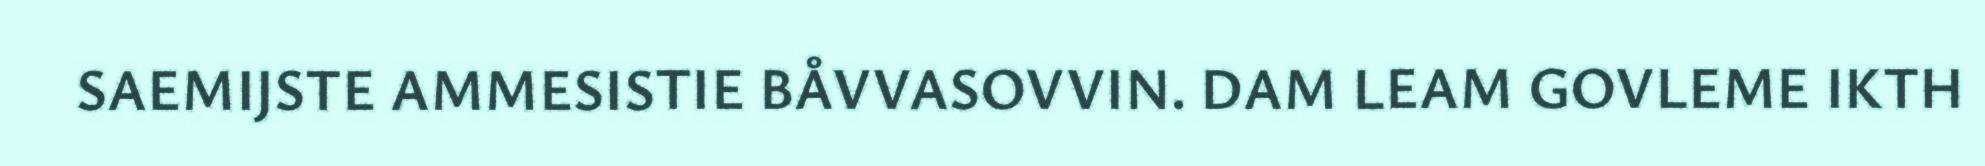
SAEMIJSTE AMMESISTIE BÅVVASOVVIN. DAM LEAM GOVLEME IKTH